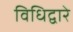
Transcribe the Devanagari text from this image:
विधिद्वारे